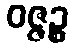
ဝဇ္ဇဉ္စ